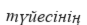
түйесінің